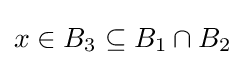
x\in B_{3}\subseteq B_{1}\cap B_{2}